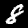
Digit: 8